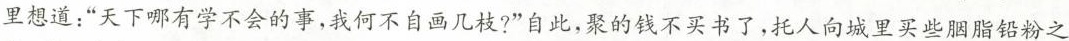
里想道：”天下 有学不会的事，我何不自画几枝?”自此，聚的钱不买书了，托人向城里买些胭脂铅粉之